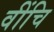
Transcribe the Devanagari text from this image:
वींचि